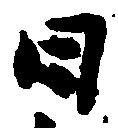
日